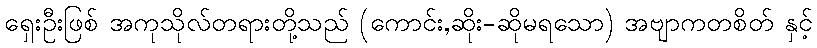
ရှေးဦးဖြစ် အကုသိုလ်တရားတို့သည် (ကောင်း,ဆိုး-ဆိုမရသော) အဗျာကတစိတ် နှင့်